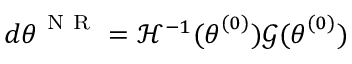
d { \boldsymbol { \theta } } ^ { \mathrm { ~ N ~ R ~ } } = \mathcal { H } ^ { - 1 } ( { \boldsymbol { \theta } } ^ { ( 0 ) } ) \mathcal { G } ( { \boldsymbol { \theta } } ^ { ( 0 ) } )